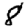
Digit: 8